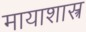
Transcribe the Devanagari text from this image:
मायाशास्त्र